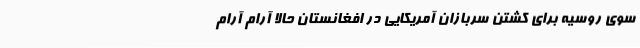
سوی روسیه برای کشتن سربازان آمریکایی در افغانستان حالا آرام آرام